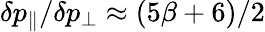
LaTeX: \delta p_{\| }/\delta p_{\perp}\approx(5\beta+6)/2